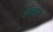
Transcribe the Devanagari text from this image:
डलस